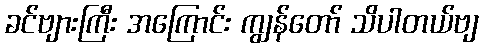
ခင်ဗျားကြီး အကြောင်း ကျွန်တော် သိပါတယ်ဗျ